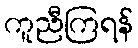
ကူညီကြရန်